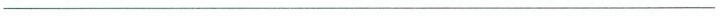
_______________